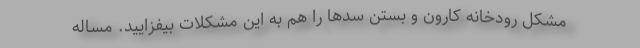
مشكل رودخانه كارون و بستن سدها را هم به اين مشكلات بيفزاييد. مساله